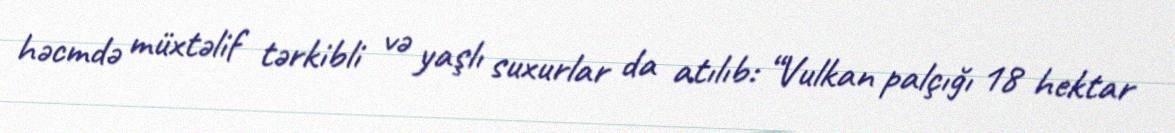
həcmdə müxtəlif tərkibli və yaşlı suxurlar da atılıb: “Vulkan palçığı 18 hektar